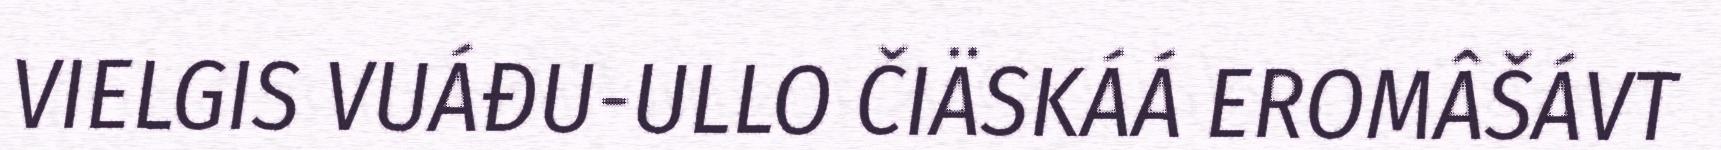
VIELGIS VUÁĐU-ULLO ČIÄSKÁÁ EROMÂŠÁVT